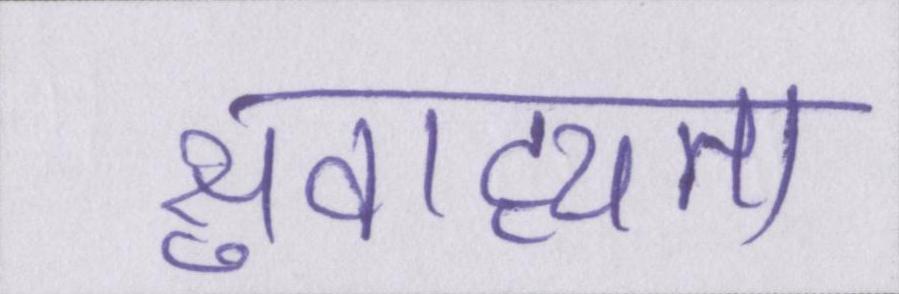
सुवाह्यता